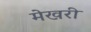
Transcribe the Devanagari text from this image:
मेखरी